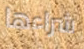
شراءها